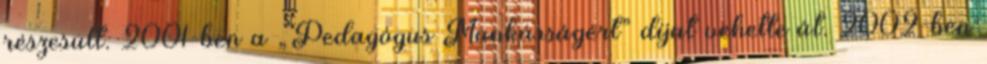
részesült. 2001-ben a „Pedagógus Munkásságért” díjat vehette át. 2002-ben